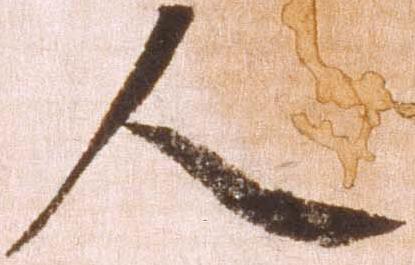
人